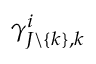
\gamma _ { J \backslash \{ k \} , k } ^ { i }